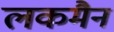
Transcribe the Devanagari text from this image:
लकमैन